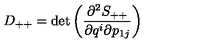
D _ { + + } = \det \left( \frac { \partial ^ { 2 } S _ { + + } } { \partial q ^ { i } \partial p _ { 1 j } } \right)